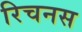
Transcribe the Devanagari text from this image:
रिचनस